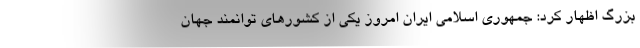
بزرگ اظهار کرد: جمهوری اسلامی ایران امروز یکی از کشورهای توانمند جهان